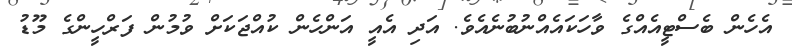
އެހެން ބެސްޓީއެއްގެ ވާހަކައެއްނުބުނެއެވެ. އަދި އެއީ އަންހެން ކުއްޖަކަށް ވުމުން ފަރްހީންގެ މޫޑު